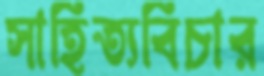
সাহিত্যবিচার